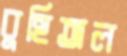
বুহিতাল